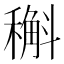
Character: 𥡿